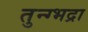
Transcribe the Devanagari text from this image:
तुन्ग्भद्रा